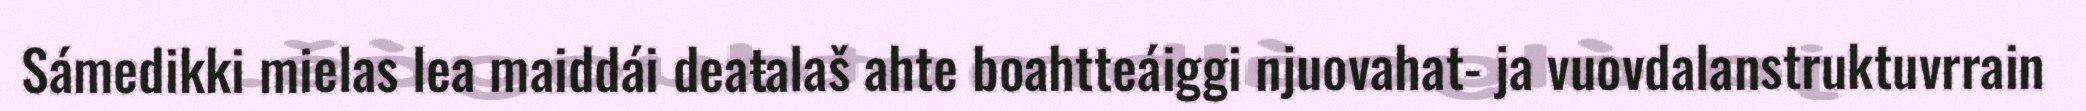
Sámedikki mielas lea maiddái deaŧalaš ahte boahtteáiggi njuovahat- ja vuovdalanstruktuvrrain